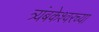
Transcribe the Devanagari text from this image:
त्र्यंबकेश्वरच्या